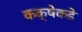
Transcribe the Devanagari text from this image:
कक्षेकडे